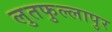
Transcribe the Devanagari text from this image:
लुतफुल्लापुर